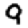
Digit: 9